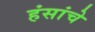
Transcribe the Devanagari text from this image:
हंसांचे